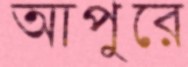
আপুরে